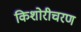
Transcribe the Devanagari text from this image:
किशोरीचरण